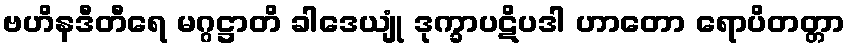
ဗဟိနဒီတီရေ မဂ္ဂဋ္ဌာတိ ခါဒေယျုံ ဒုက္ခာပဋိပဒါ ဟာတော ရောပိတတ္တာ